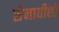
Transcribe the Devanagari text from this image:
सेनाधीशों